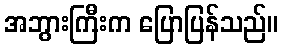
အဘွားကြီးက ပြောပြန်သည်။